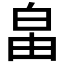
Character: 𤽙